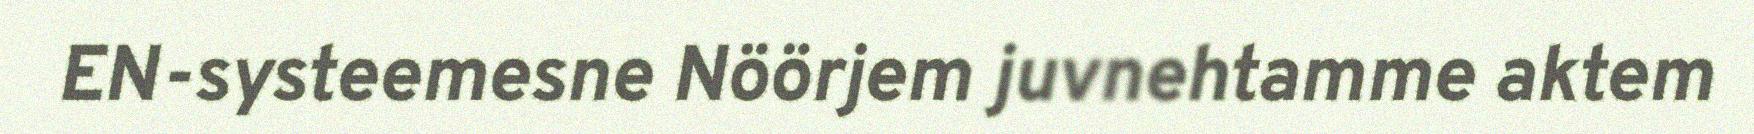
EN-systeemesne Nöörjem juvnehtamme aktem